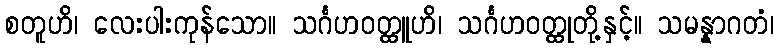
စတူဟိ၊ လေးပါးကုန်သော။ သင်္ဂဟဝတ္ထူဟိ၊ သင်္ဂဟဝတ္ထုတို့နှင့်။ သမန္နာဂတံ၊